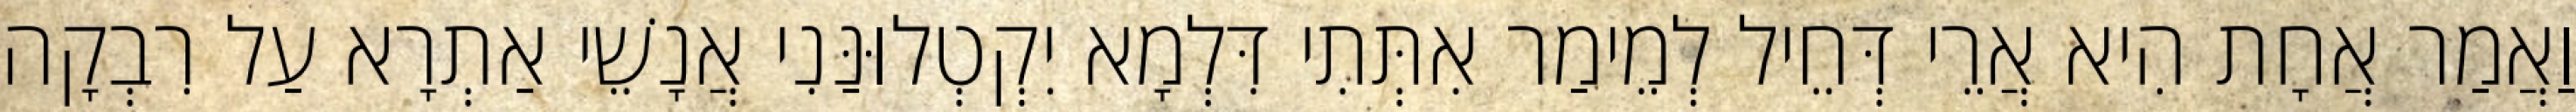
וַאֲמַר אֲחָת הִיא אֲרֵי דְּחֵיל לְמֵימַר אִתְּתִי דִּלְמָא יִקְטְלוּנַּנִי אֲנָשֵׁי אַתְרָא עַל רִבְקָה